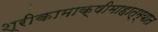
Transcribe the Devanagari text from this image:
श्रीकामाक्षीमाहात्म्यात